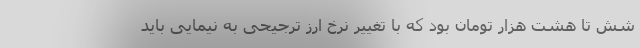
شش تا هشت هزار تومان بود که با تغییر نرخ ارز ترجیحی به نیمایی باید